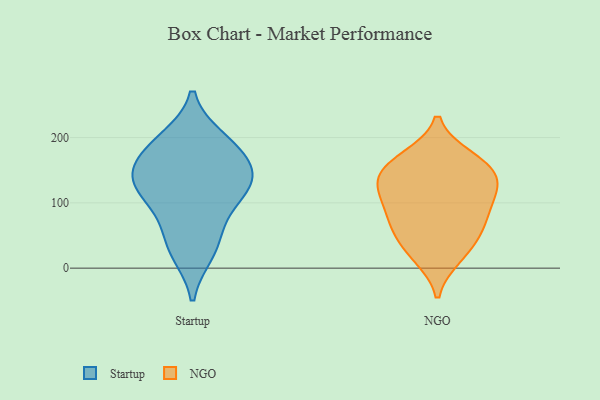
{"axis": {"x": "Population (Million)", "y": "Value"}, "legend": ["NGO", "Startup"], "data": [{"x": "", "y": 150, "type": "Startup"}, {"x": "", "y": 190, "type": "Startup"}, {"x": "", "y": 71, "type": "Startup"}, {"x": "", "y": 142, "type": "Startup"}, {"x": "", "y": 34, "type": "Startup"}, {"x": "", "y": 124, "type": "Startup"}, {"x": "", "y": 24, "type": "Startup"}, {"x": "", "y": 143, "type": "Startup"}, {"x": "", "y": 102, "type": "Startup"}, {"x": "", "y": 124, "type": "Startup"}, {"x": "", "y": 181, "type": "Startup"}, {"x": "", "y": 197, "type": "Startup"}, {"x": "", "y": 23, "type": "NGO"}, {"x": "", "y": 143, "type": "NGO"}, {"x": "", "y": 169, "type": "NGO"}, {"x": "", "y": 79, "type": "NGO"}, {"x": "", "y": 60, "type": "NGO"}, {"x": "", "y": 50, "type": "NGO"}, {"x": "", "y": 114, "type": "NGO"}, {"x": "", "y": 70, "type": "NGO"}, {"x": "", "y": 150, "type": "NGO"}, {"x": "", "y": 146, "type": "NGO"}, {"x": "", "y": 100, "type": "NGO"}, {"x": "", "y": 128, "type": "NGO"}, {"x": "", "y": 170, "type": "NGO"}, {"x": "", "y": 17, "type": "NGO"}, {"x": "", "y": 114, "type": "NGO"}]}